Leaving Certificate Examination, 1919
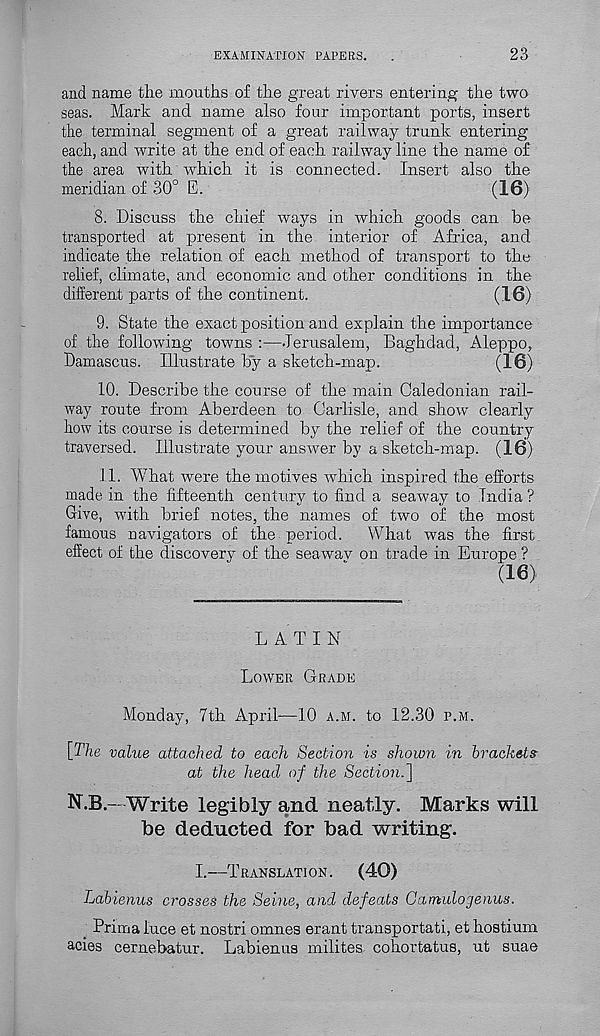
EXAMINATION PAPERS.
23
and name the mouths of the great rivers entering the two
seas. Mark and name also four important ports, insert
the terminal segment of a great railway trunk entering
each, and write at the end of each railway line the name of
the area with which it is connected. Insert also the
meridian of 30° E.
(16)
8. Discuss the chief ways in which goods can be
transported at present in the interior of Africa, and
indicate the relation of each method of transport to the
relief, climate, and economic and other conditions in the
different parts of the continent.
(16)
9. State the exact position and explain the importance
of the following towns :—Jerusalem, Baghdad, Aleppo,
Damascus. Illustrate by a sketch-map.
(16)
10. Describe the course of the main Caledonian rail-
way route from Aberdeen to Carlisle, and show clearly
how its course is determined by the relief of the country
traversed. Illustrate your answer by a sketch-map. (16)
11. What were the motives which inspired the efforts
made in the fifteenth century to find a seaway to India ?
Give, with brief notes, the names of two of the most
famous navigators of the period. What was the first
effect of the discovery of the seawav on trade in Europe ?
(16)
LATIN
LOWER GRADE
Monday, 7th April—10 A.M. to 12.30 P.M.
[The value attached to each Section is shown in brackets
at the head of the Section.']
N.B.- Write legibly and neatly. Marks will
be deducted for bad writing.
I.—TRANSLATION.
(40)
Labienus crosses the Seine, and defeats Gamulogenus.
Prima luce et nostri omnes erant transportati, et hostium
acies cernebatur. Labienus milites cohortatus, ut suae